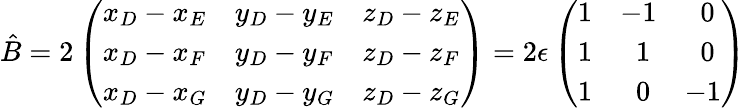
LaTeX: \hat{B}=2\left(\begin{array}{lll}{x_{D}-x_{E}}&{y_{D}-y_{E}}&{z_{D}-z_{E}}\\ {x_{D}-x_{F}}&{y_{D}-y_{F}}&{z_{D}-z_{F}}\\ {x_{D}-x_{G}}&{y_{D}-y_{G}}&{z_{D}-z_{G}}\end{array}\right)=2\epsilon\left(\begin{array}{lll}{1}&{-1}&{\; \; 0}\\ {1}&{\; \; 1}&{\; \; 0}\\ {1}&{\; \; 0}&{-1}\end{array}\right)